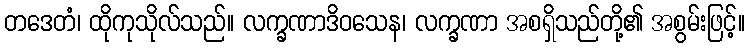
တဒေတံ၊ ထိုကုသိုလ်သည်။ လက္ခဏာဒိဝသေန၊ လက္ခဏာ အစရှိသည်တို့၏ အစွမ်းဖြင့်။